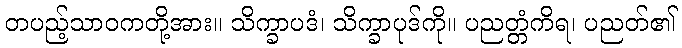
တပည့်သာဝကတို့အား။ သိက္ခာပဒံ၊ သိက္ခာပုဒ်ကို။ ပညတ္တံကိရ၊ ပညတ်၏